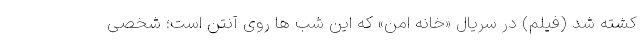
کشته شد (فیلم) در سریال «خانه امن» که این شب ها روی آنتن است؛ شخصی